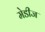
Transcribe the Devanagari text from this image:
मेडीज